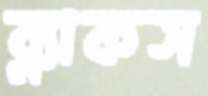
ব্ল্যাকস